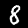
Label: 8